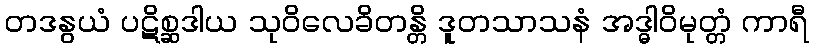
တဒနွယံ ပဋိစ္ဆဒါယ သုဝိလေခိတန္တိ ဒူတသာသနံ အဒ္ဓါဝိမုတ္တံ ကာရီ